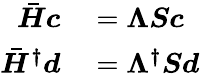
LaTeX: \begin{array}{rl}{\boldsymbol{\bar{H}c}}&{{}=\boldsymbol{\Lambda Sc}}\\ {\boldsymbol{\bar{H}^{\dagger}d}}&{{}=\boldsymbol{\Lambda^{\dagger}Sd}}\end{array}